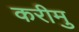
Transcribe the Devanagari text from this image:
करीमु